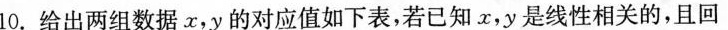
10.给出两组数据x，y的对应值如下表，若已知x，y是线性相关的，且回